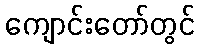
ကျောင်းတော်တွင်